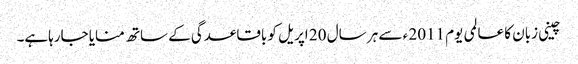
چینی زبان کا عالمی یوم 2011 ء سے ہر سال 20 اپریل کو باقاعدگی کے ساتھ منایا جارہاہے۔